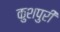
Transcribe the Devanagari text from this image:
कुशपुरी